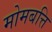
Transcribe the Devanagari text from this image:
मोमबत्ति